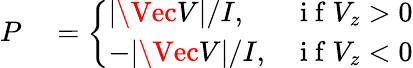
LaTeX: \begin{array}{rl}{P}&{{}=\left\{ \begin{array}{ll}{\lvert\Vec{V}\rvert/I,}&{\mathrm{~i~f~}V_{z}>0}\\ {-\lvert\Vec{V}\rvert/I,}&{\mathrm{~i~f~}V_{z}<0}\end{array}\right.}\end{array}